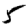
Digit: 5